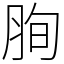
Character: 𦚧